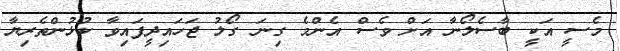
މެސީ އަކީ ބާސެލޯނާ އަށް ވެސް އެންމެ ގިނަ ގޯލު ޖަހައިދީފައިވާ ކުޅުންތެރިޔާ